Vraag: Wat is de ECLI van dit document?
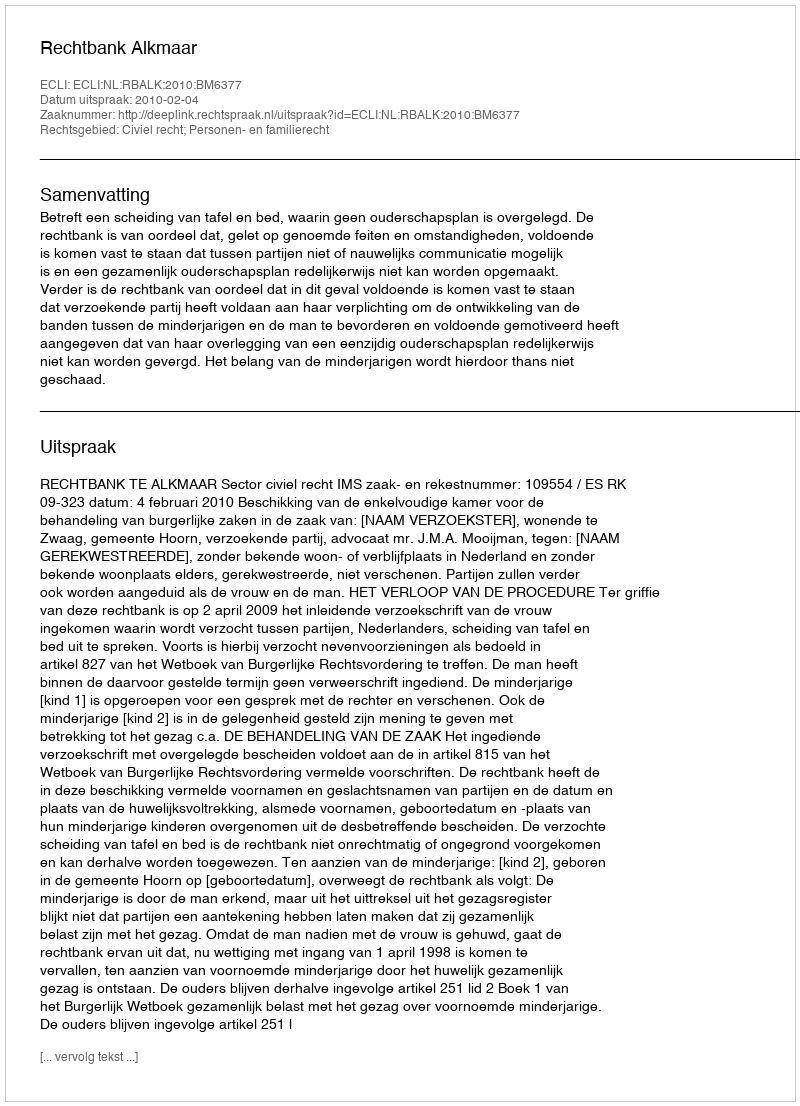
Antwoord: ECLI:NL:RBALK:2010:BM6377